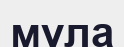
мұла